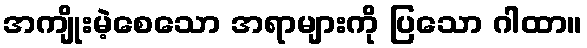
အကျိုးမဲ့စေသော အရာများကို ပြသော ဂါထာ။